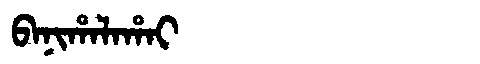
Manchu: ᠪᠠᠨᡳᡥᠠᠯᠠᡥᠠᡳ
Romanization: BANIHALAHAI